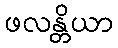
ဖလန္တိယာ